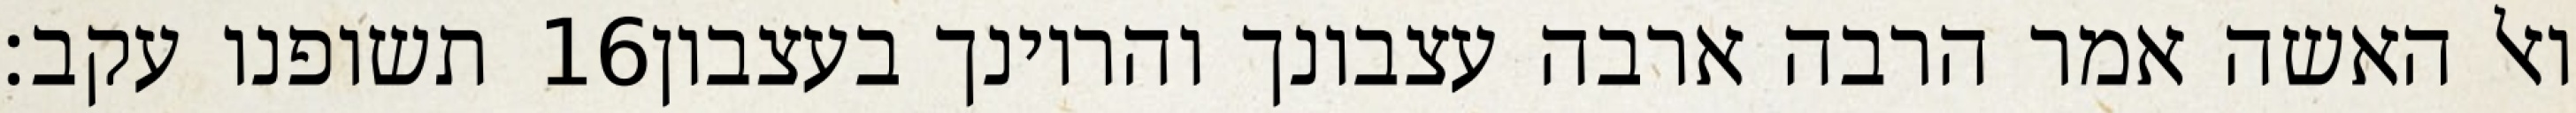
תשופנו עקב׃ ‎16‏ ואל האשה אמר הרבה ארבה עצבונך והריונך בעצבון